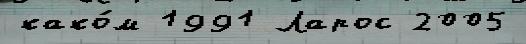
како́м 1991 Ларос 2005